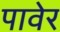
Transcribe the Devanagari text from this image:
पावेर